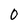
Character: 0